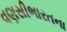
વણસીભારતના